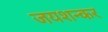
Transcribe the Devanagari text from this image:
जयशन्कर